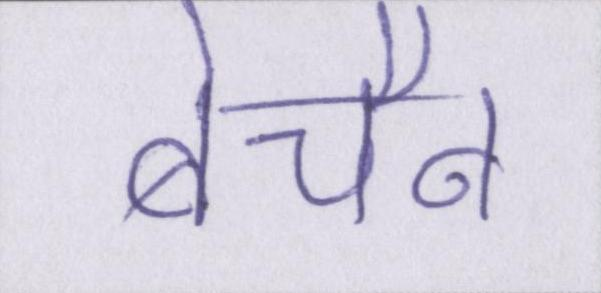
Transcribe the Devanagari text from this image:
बेचैन